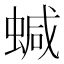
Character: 𧍧